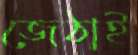
জেঠাই